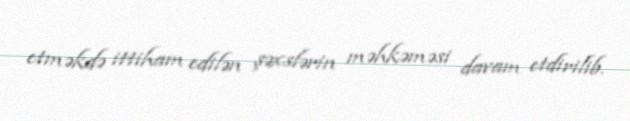
etməkdə ittiham edilən şəxslərin məhkəməsi davam etdirilib.